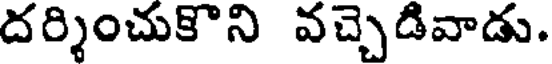
దర్శించుకొని వచ్చెడివాడు.